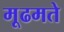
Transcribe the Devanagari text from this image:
मूढमते